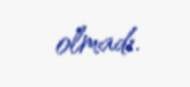
olmadı.